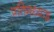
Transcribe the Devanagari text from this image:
प्रतिमध्याह्न